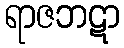
ရာဇဘဋာ